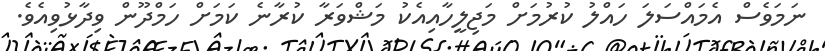
ނަމަވެސް އެމައްސަލަ ހައްލު ކުރުމަށް މަޖިލީހާއިއެކު މަޝްވަރާ ކުރާނެ ކަމަށް ހަމްދޫން ވިދާޅުވިއެވެ.